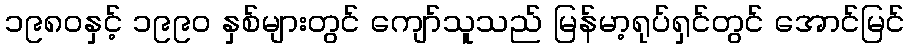
၁၉၈၀နှင့် ၁၉၉၀ နှစ်များတွင် ကျော်သူသည် မြန်မာ့ရုပ်ရှင်တွင် အောင်မြင်